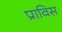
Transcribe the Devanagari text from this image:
प्राविस